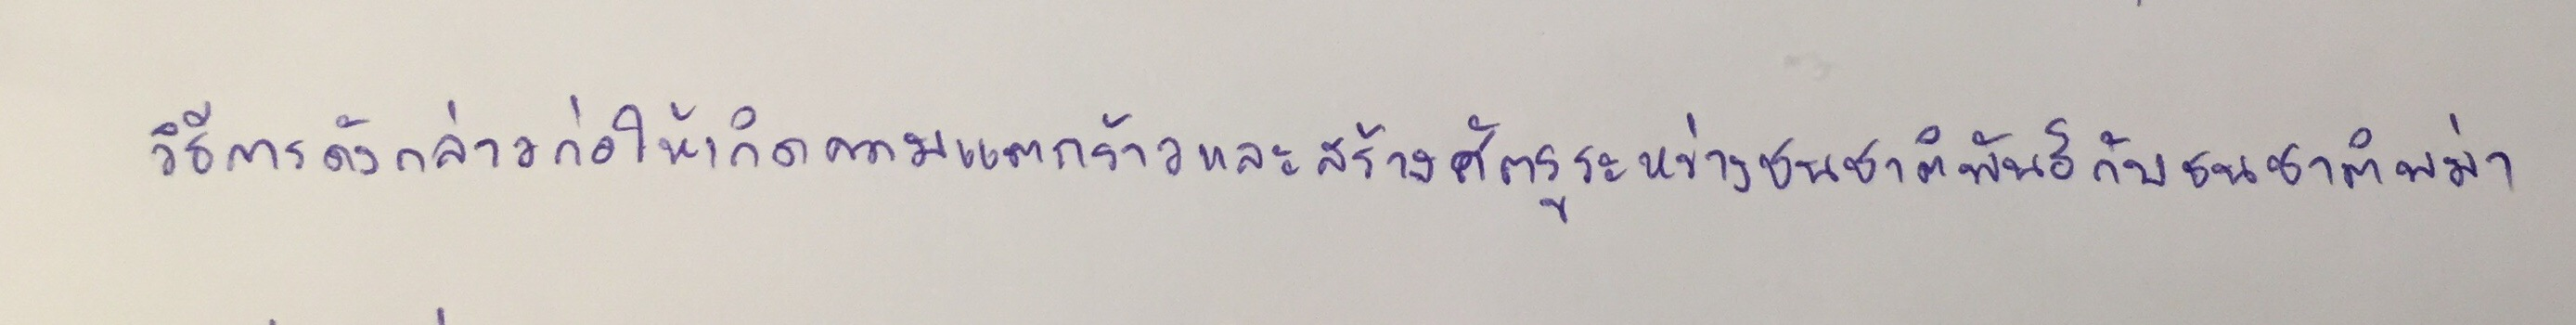
วิธีการดังกล่าวก่อให้เกิดความแตกร้าวและสร้างศัตรูระหว่างชนชาติพันธุ์กับชนชาติพม่า